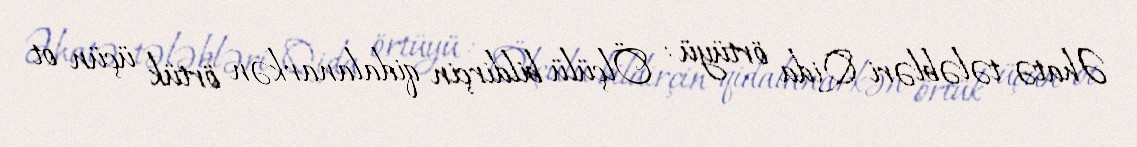
Əhatə tələbləri Qida örtüyü : Ölçülü bildirçin qidalanarkən örtük üçün ot